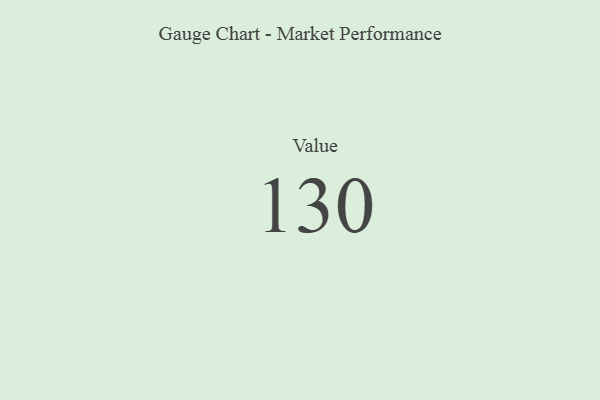
{"axis": {"x": "Metric", "y": "Value"}, "legend": [""], "data": [{"x": "Value", "y": 130, "type": ""}]}